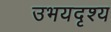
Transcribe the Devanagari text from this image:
उभयदृश्य